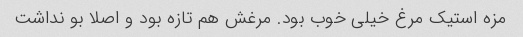
مزه استیک مرغ خیلی خوب بود. مرغش هم تازه بود و اصلا بو نداشت